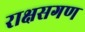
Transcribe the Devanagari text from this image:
राक्षसगण